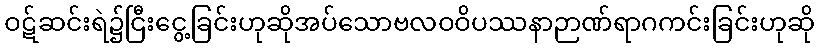
ဝဋ်ဆင်းရဲ၌ငြီးငွေ့ခြင်းဟုဆိုအပ်သောဗလဝဝိပဿနာဉာဏ်ရာဂကင်းခြင်းဟုဆို